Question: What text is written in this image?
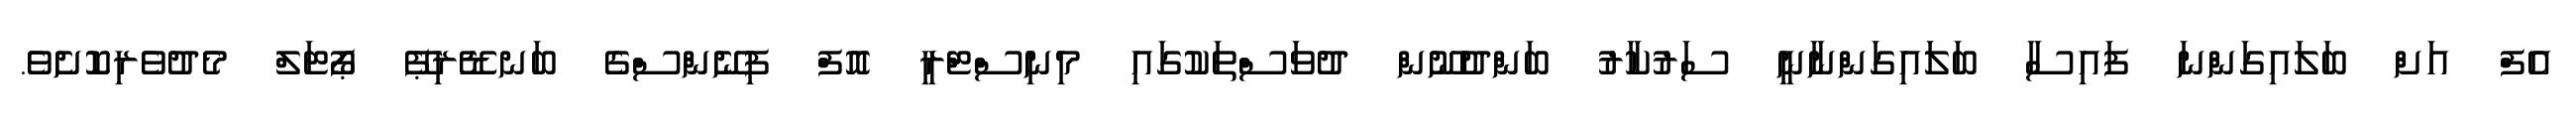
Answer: އެފް އަށް ބަލައިގަންނަ ފައިސާ ބަލައިގަންނާނީ ސަރުކާރު ބަންދުނޫން ދުވަސްތަކުގައި މިނިސްޓްރީ އޮފް ފިނޭންސްގެ ބަނޑޭރިޕޭ ޕޯޓަލް މެދުވެރިކޮށެވެ.